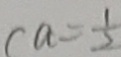
( a = \frac { 1 } { 2 }